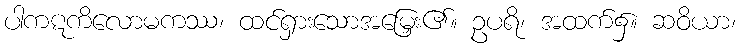
ပါကဋကိလောမကဿ၊ ထင်ရှားသောအမြှေး၏။ ဥပရိ၊ အထက်၌။ ဆဝိယာ၊